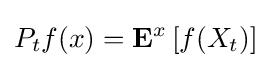
P_{t}f(x)=\mathbf {E} ^{x}\left[f(X_{t})\right]